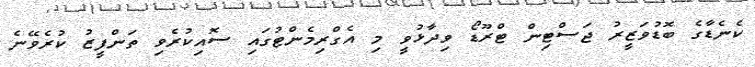
ކެނެޑާގެ ބޮޑުވަޒީރު ޖަސްޓިން ޓްރޫޑޯ ވިދާޅުވީ މި އެގްރިމެންޓުގައި ސޮއިކުރެވި ތަންފީޒު ކުރެވޭނެ